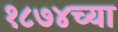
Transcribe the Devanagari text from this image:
१८७४च्या